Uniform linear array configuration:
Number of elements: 48
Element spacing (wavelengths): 1
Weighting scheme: cosine
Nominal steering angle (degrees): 45
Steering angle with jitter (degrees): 45.24
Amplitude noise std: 0.05
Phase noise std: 0.05

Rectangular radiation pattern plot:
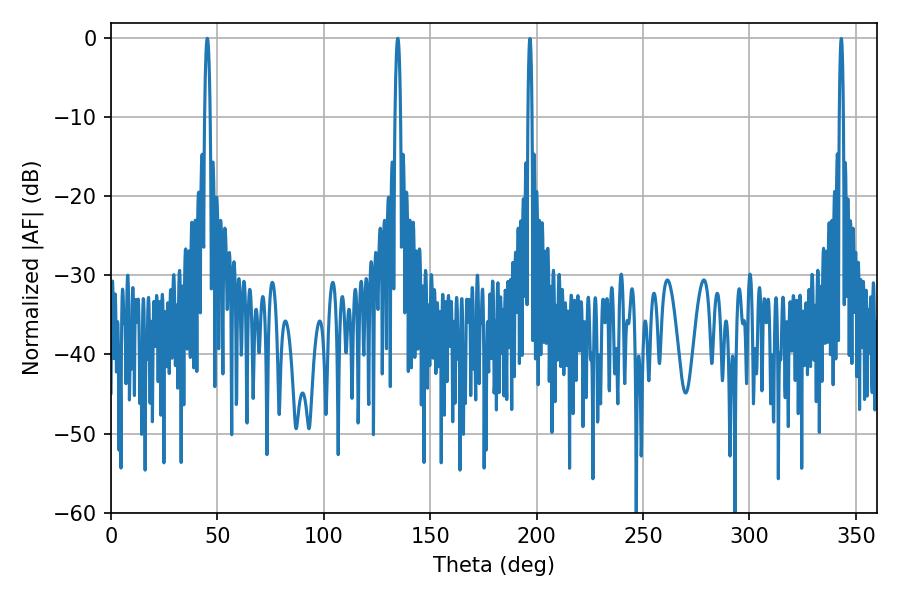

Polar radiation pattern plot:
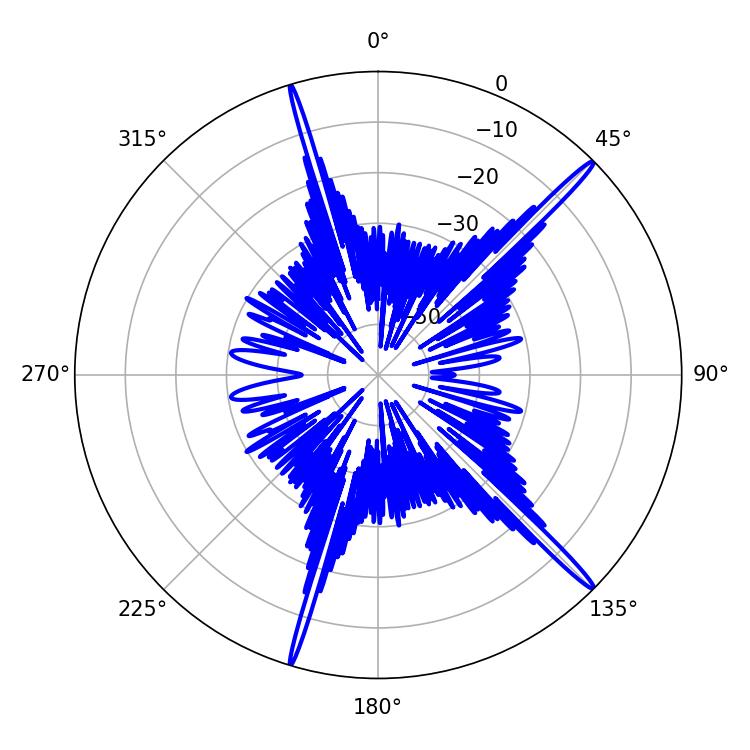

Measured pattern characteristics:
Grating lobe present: TRUE
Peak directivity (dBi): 18.314
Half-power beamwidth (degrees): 1.26
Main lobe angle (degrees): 45.18